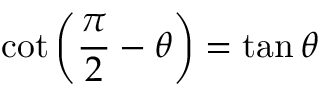
\cot \left( { \frac { \pi } { 2 } } - \theta \right) = \tan \theta